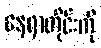
နေရာတိုင်းကို